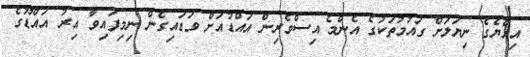
އިއްޔެގެ ނިޔަލަށް ގައުމުތަކުގެ އެންމެ އިސްވެރިން އައްޑުއަށް ވަޑައިގެން ނިމިފައިވާ އިރު އައްޑޫގެ